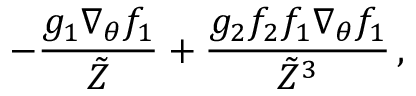
- \frac { g _ { 1 } \nabla _ { \theta } f _ { 1 } } { \tilde { Z } } + \frac { g _ { 2 } f _ { 2 } f _ { 1 } \nabla _ { \theta } f _ { 1 } } { \tilde { Z } ^ { 3 } } \, ,